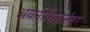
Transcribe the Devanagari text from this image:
अवनीसिंहानंतर